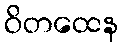
ဝိတထေန